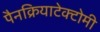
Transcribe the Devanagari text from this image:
पैनक्रियाटेक्टोमी